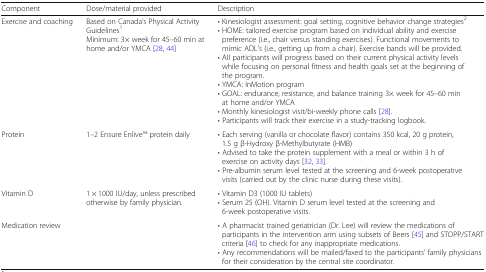
| Component | Dose/material provided | Description |
 | --- | --- | --- |
 | Exercise and coaching | Based on Canada’s Physical Activity Guidelines1Minimum: 3× week for 45–60 min at home and/or YMCA [28, 44] | • Kinesiologist assessment: goal setting, cognitive behavior change strategies2• HOME: tailored exercise program based on individual ability and exercise preference (i.e., chair versus standing exercises). Functional movements to mimic ADL’s (i.e., getting up from a chair). Exercise bands will be provided.• All participants will progress based on their current physical activity levels while focusing on personal fitness and health goals set at the beginning of the program.• YMCA: InMotion program• GOAL: endurance, resistance, and balance training 3× week for 45–60 min at home and/or YMCA• Monthly kinesiologist visit/bi-weekly phone calls [28].• Participants will track their exercise in a study-tracking logbook. |
 | Protein | 1–2 Ensure EnliveTM protein daily | • Each serving (vanilla or chocolate flavor) contains 350 kcal, 20 g protein, 1.5 g β-Hydroxy β-Methylbutyrate (HMB)• Advised to take the protein supplement with a meal or within 3 h of exercise on activity days [32, 33].• Pre-albumin serum level tested at the screening and 6-week postoperative visits (carried out by the clinic nurse during these visits). |
 | Vitamin D | 1 × 1000 IU/day, unless prescribed otherwise by family physician. | • Vitamin D3 (1000 IU tablets)• Serum 25 (OH). Vitamin D serum level tested at the screening and 6-week postoperative visits. |
 | Medication review |  | • A pharmacist trained geriatrician (Dr. Lee) will review the medications of participants in the intervention arm using subsets of Beers [45] and STOPP/START criteria [46] to check for any inappropriate medications.• Any recommendations will be mailed/faxed to the participants’ family physicians for their consideration by the central site coordinator. |